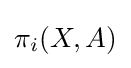
\pi _{i}(X,A)